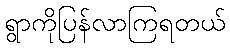
ရွာကိုပြန်လာကြရတယ်